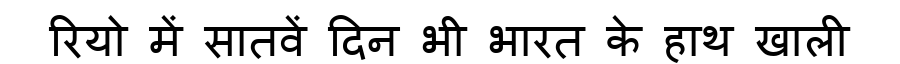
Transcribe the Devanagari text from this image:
रियो में सातवें दिन भी भारत के हाथ खाली